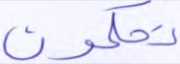
تحكمون